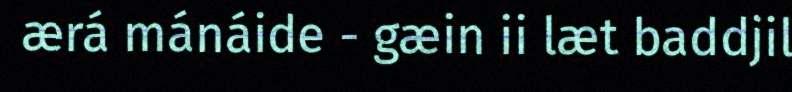
ærá mánáide - gæin ii læt baddjil